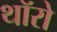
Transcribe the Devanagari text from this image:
थॉरो